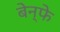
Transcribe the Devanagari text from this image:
बेन्फे